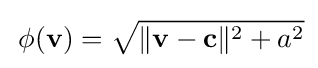
\,\phi (\mathbf {v} )={\sqrt {\|\mathbf {v} -\mathbf {c} \|^{2}+a^{2}}}